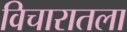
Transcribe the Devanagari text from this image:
विचारातला